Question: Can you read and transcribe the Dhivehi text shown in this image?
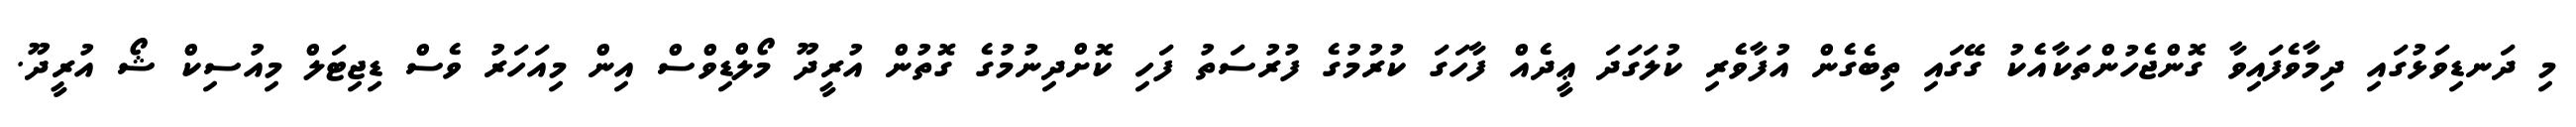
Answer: މި ދަނޑިވަޅުގައި ދިމާވެފައިވާ ގޮންޖެހުންތަކާއެކު ގޭގައި ތިބެގެން އުފާވެރި ކުލަގަދަ ޢީދެއް ފާހަގަ ކުރުމުގެ ފުރުސަތު ފަހި ކޮށްދިނުމުގެ ގޮތުން އުރީދޫ މޯލްޑިވްސް އިން މިއަހަރު ވެސް ޑިޖިޓަލް މިއުސިކް ޝޯ އުރީދޫ.